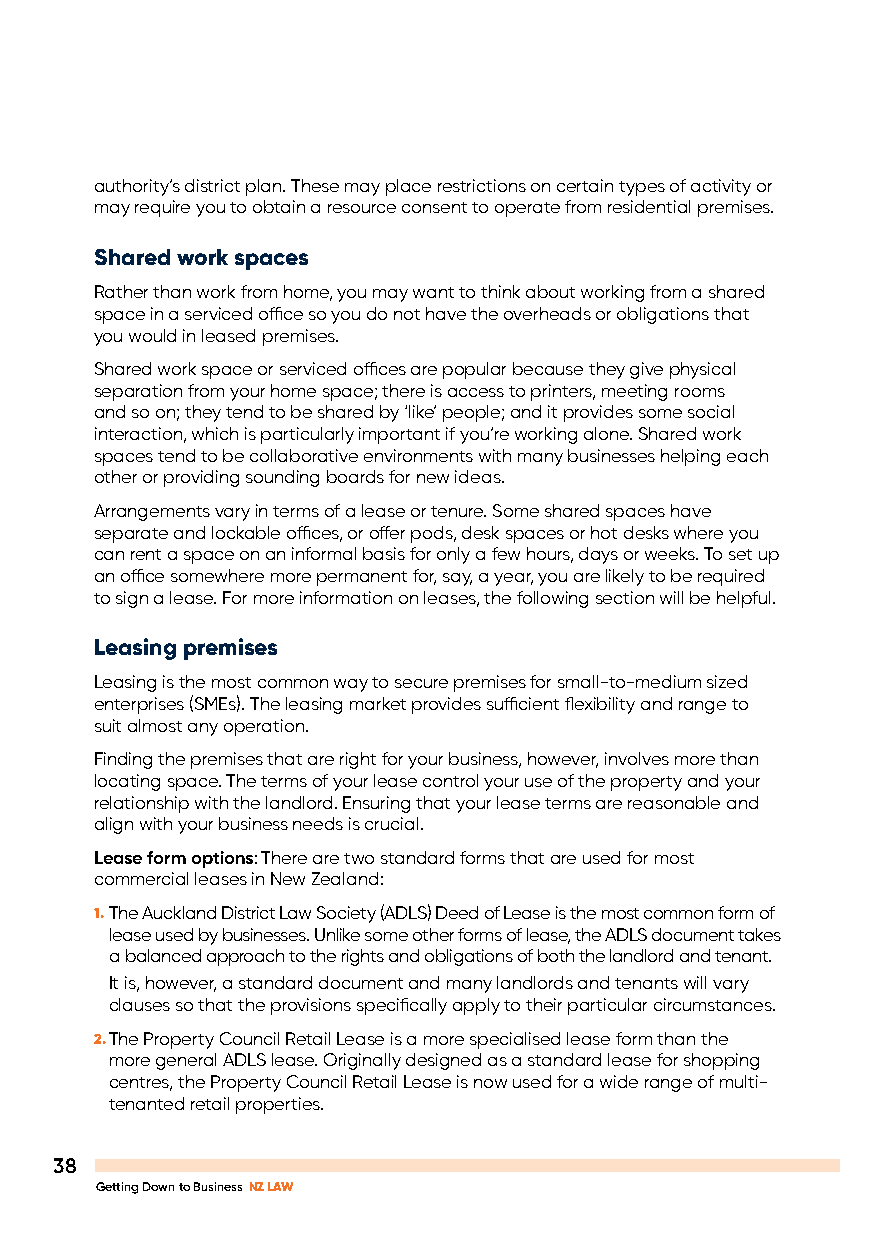
authority’s district plan. These may place restrictions on certain types of activity or
 may require you to obtain a resource consent to operate from residential premises.
 Shared work spaces
 Rather than work from home, you may want to think about working from a shared
 space in a serviced office so you do not have the overheads or obligations that
 you would in leased premises.
 Shared work space or serviced offices are popular because they give physical
 separation from your home space; there is access to printers, meeting rooms
 and so on; they tend to be shared by ‘like’ people; and it provides some social
 interaction, which is particularly important if you’re working alone. Shared work
 spaces tend to be collaborative environments with many businesses helping each
 other or providing sounding boards for new ideas.
 Arrangements vary in terms of a lease or tenure. Some shared spaces have
 separate and lockable offices, or offer pods, desk spaces or hot desks where you
 can rent a space on an informal basis for only a few hours, days or weeks. To set up
 an office somewhere more permanent for, say, a year, you are likely to be required
 to sign a lease. For more information on leases, the following section will be helpful.
 Leasing premises
 Leasing is the most common way to secure premises for small-to-medium sized
 enterprises (SMEs). The leasing market provides sufficient flexibility and range to
 suit almost any operation.
 Finding the premises that are right for your business, however, involves more than
 locating space. The terms of your lease control your use of the property and your
 relationship with the landlord. Ensuring that your lease terms are reasonable and
 align with your business needs is crucial.
 Lease form options: There are two standard forms that are used for most
 commercial leases in New Zealand:
 1. The Auckland District Law Society (ADLS) Deed of Lease is the most common form of
 lease used by businesses. Unlike some other forms of lease, the ADLS document takes
 a balanced approach to the rights and obligations of both the landlord and tenant.
 It is, however, a standard document and many landlords and tenants will vary
 clauses so that the provisions specifically apply to their particular circumstances.
 2. The Property Council Retail Lease is a more specialised lease form than the
 more general ADLS lease. Originally designed as a standard lease for shopping
 centres, the Property Council Retail Lease is now used for a wide range of multi-
 tenanted retail properties.
 38
 Getting Down to Business NZ LAW